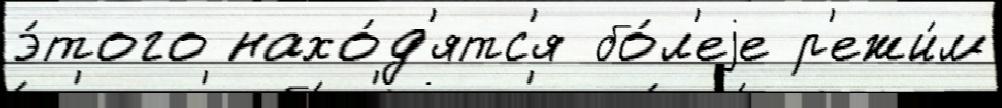
э́того нахо́д'ятс'я бо́л'еjе р'ежи́м